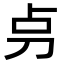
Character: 𠛤